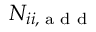
N _ { i i , { \textrm { a d d } } }